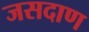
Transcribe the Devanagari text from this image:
जसदाण